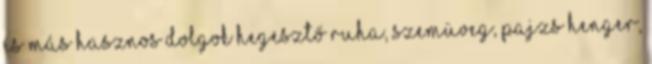
és más hasznos dolgok Hegesztő Ruha, Szemüveg, Pajzs Henger,